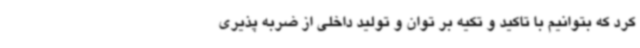
کرد که بتوانیم با تاکید و تکیه بر توان و تولید داخلی از ضربه پذیری